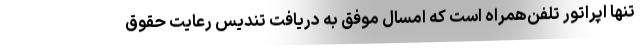
تنها اپراتور تلفن‌همراه است که امسال موفق به دریافت تندیس رعایت حقوق